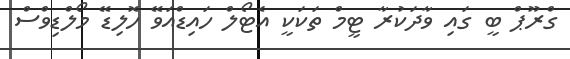
ގްރޫޕް ބީ ގައި ވާދަކުރާ ޓީމް ތަކަކީ އެޓޯލް ހައިޑްއަވޭ ހޮލިޑޭ މޯލްޑިވްސް